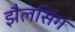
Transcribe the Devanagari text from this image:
झैलसिंग